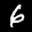
Label: 6